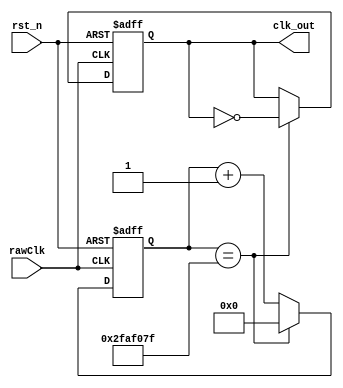
`timescale 1ns / 1ps
//////////////////////////////////////////////////////////////////////////////////
// Company: 
// Engineer: 
// 
// Design Name: 
// Module Name: freq_div1s
// Project Name: 
// Target Devices: 
// Tool Versions: 
// Description: 
// 
// Dependencies: 
// 
// Revision:
// Revision 0.01 - File Created
// Additional Comments:
// 
//////////////////////////////////////////////////////////////////////////////////


module freq_div(//1
    input 
    rawClk,
    rst_n,
    
    output
    reg clk_out
);

    parameter n=1_0000_0000;//1s
    
    reg[26:0] cnt;
    always@(posedge rawClk,negedge rst_n) begin
        if(~rst_n) begin
            cnt<=0;
            clk_out<=0;
        end
        else begin
            if(cnt==((n>>1)-1)) begin
                clk_out<=~clk_out;
                cnt<=0;
            end
            else begin
                cnt<=cnt+1;
            end
        end
    end
endmodule